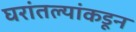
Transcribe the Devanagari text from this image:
घरांतल्यांकडून